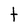
Character: t